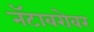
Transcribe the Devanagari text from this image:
नॅटाबरोबर